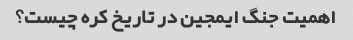
اهمیت جنگ ایمجین در تاریخ کره چیست؟